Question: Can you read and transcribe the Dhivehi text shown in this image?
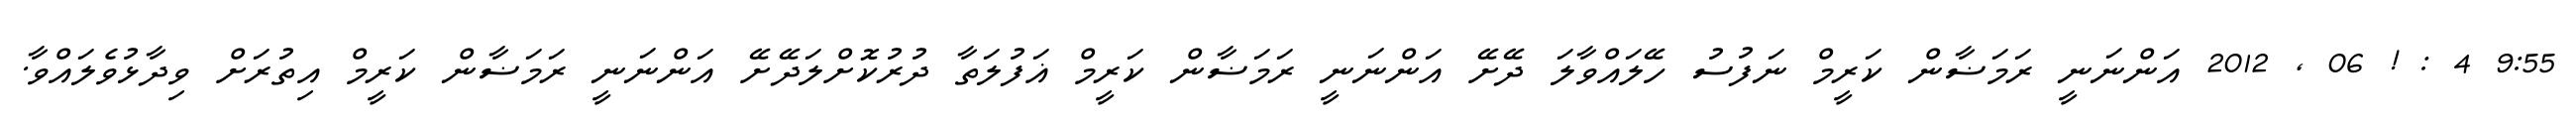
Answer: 9:55 4 : ! 06 , 2012 އަންނަނީ ރަމަޟާން ކަރީމް ނަފުސު ހޭލައްވާލަ ދޭށޭ އަންނަނީ ރަމަޟާން ކަރީމް ޣަފުލަތާ ދުރުކޮށްލަދޭށޭ އަންނަނީ ރަމަޟާން ކަރީމް އިތުރަށް ވިދާޅުވެލައްވާ.